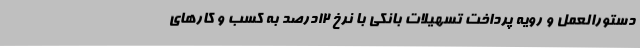
دستورالعمل و رویه پرداخت تسهیلات بانکی با نرخ 12درصد به کسب و کارهای